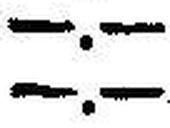
—.—